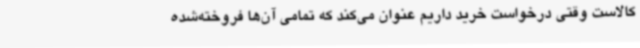
کالاست وقتی درخواست خرید داریم عنوان می‌کند که تمامی آن‌ها فروخته‌شده